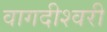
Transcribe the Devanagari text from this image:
वागदीश्वरी